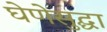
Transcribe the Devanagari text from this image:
घेणेसुद्घा